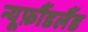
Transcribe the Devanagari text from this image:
न्यूफ़ौंडलैंड